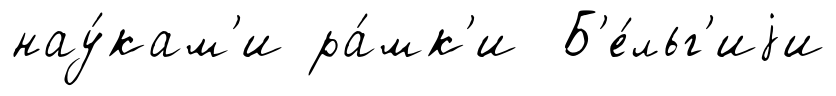
нау́кам'и ра́мк'и Б'е́льг'иjи